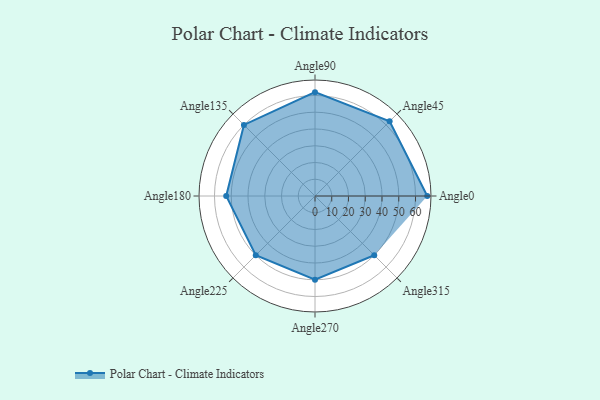
{"axis": {"x": "Angle", "y": "Radius"}, "legend": [""], "data": [{"x": "Angle0", "y": 67.0, "type": ""}, {"x": "Angle45", "y": 63.0, "type": ""}, {"x": "Angle90", "y": 62.0, "type": ""}, {"x": "Angle135", "y": 60.0, "type": ""}, {"x": "Angle180", "y": 53.0, "type": ""}, {"x": "Angle225", "y": 50, "type": ""}, {"x": "Angle270", "y": 50, "type": ""}, {"x": "Angle315", "y": 50, "type": ""}]}